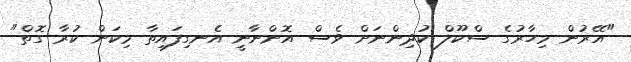
"އޭރުން މިހާރުގެ ސްކޫލް ކުދިންނަށް ވެސް އޮންނާނީ އެނގިފައިތާ މިކަން ކުރާ ގޮތް"